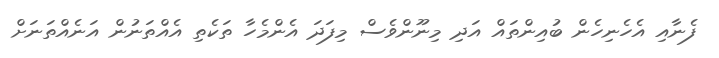
ފެނާއި އެހެނިހެން ބުއިންތައް އަދި މިނޫންވެސް މިފަދަ އެންމެހާ ތަކެތި އެއްތަނުން އަނެއްތަނަށް